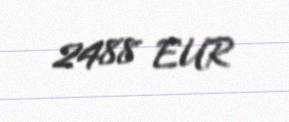
2488 EUR